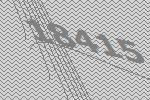
18415